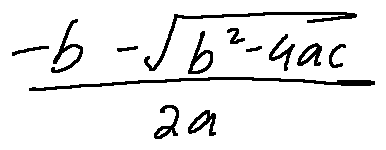
\frac { - b - \sqrt { b ^ { 2 } - 4 a c } } { 2 a }